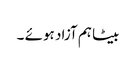
بیٹا ہم آزاد ہوئے ۔